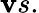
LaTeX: \mathbf{v}s.